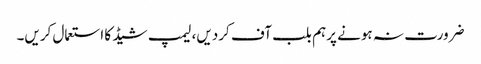
ضرورت نہ ہونے پرہم بلب آف کردیں، لیمپ شیڈ کا استعمال کریں۔